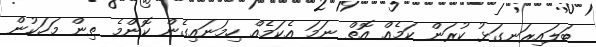
ބަލައިރަނގަޅު ކުރަން ކަމެއް އޮތް ނަމަ އެކަމެއް ހިމަނައިގެން ކޮންމެ ތިން މަހަކުން